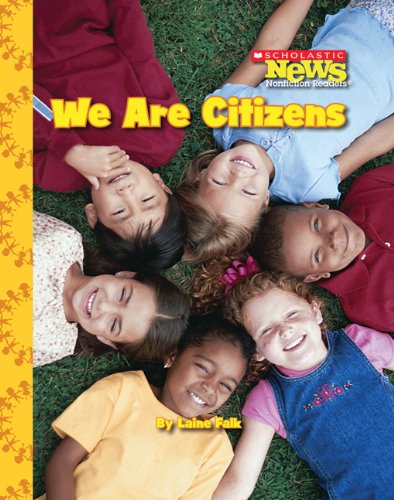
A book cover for We Are Citizens (Scholastic News Nonfiction Readers); Laine Falk; Children's Books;